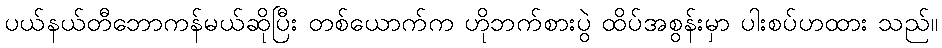
ပယ်နယ်တီဘောကန်မယ်ဆိုပြီး တစ်ယောက်က ဟိုဘက်စားပွဲ ထိပ်အစွန်းမှာ ပါးစပ်ဟထား သည်။